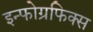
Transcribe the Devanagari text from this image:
इन्फोग्रफिक्स